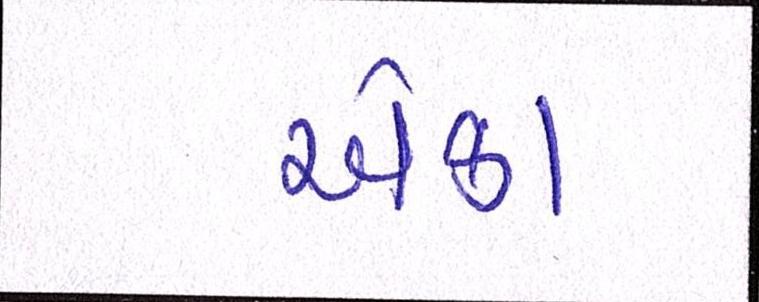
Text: એકા